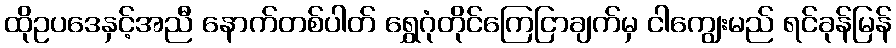
ထိုဥပဒေနှင့်အညီ နောက်တစ်ပါတ် ရွှေဂုံတိုင်ကြေငြာချက်မှ ငါကျွေးမည် ရင်ခုန်မြန်